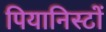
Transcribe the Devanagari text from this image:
पियानिस्टों